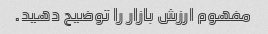
مفهوم ارزش بازار را توضیح دهید.